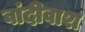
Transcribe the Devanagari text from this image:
वांदीवाश